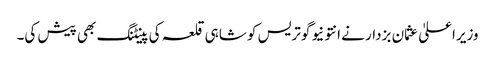
وزیراعلیٰ عثمان بزدار نے انتونیو گوتریس کو شاہی قلعہ کی پینٹنگ بھی پیش کی۔